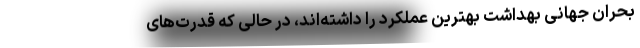
بحران جهانی بهداشت بهترین عملکرد را داشته‌اند، در حالی که قدرت‌های